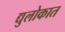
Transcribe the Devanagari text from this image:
द्युलोकात